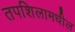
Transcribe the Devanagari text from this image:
तपशिलामधील